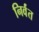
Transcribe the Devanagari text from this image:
निर्वंत